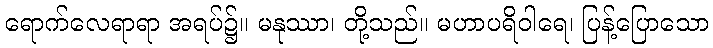
ရောက်လေရာရာ အရပ်၌။ မနုဿာ၊ တို့သည်။ မဟာပရိဝါရေ၊ ပြန့်ပြောသော